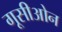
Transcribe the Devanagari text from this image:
गूसीओन